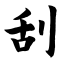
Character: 刮